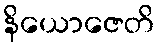
နိယောဇေတိ